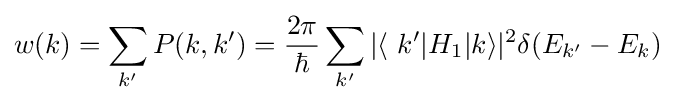
w(k)=\sum _{k'}P(k,k')={\frac {2\pi }{\hbar }}\sum _{k'}|\langle \ k'|H_{1}|k\rangle |^{2}\delta (E_{k'}-E_{k})